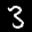
Label: 3